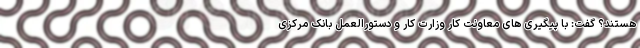
هستند؟ گفت: با پیگیری های معاونت کار وزارت کار و دستورالعمل بانک مرکزی